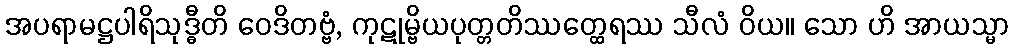
အပရာမဋ္ဌပါရိသုဒ္ဓီတိ ဝေဒိတဗ္ဗံ, ကုဋုမ္ဗိယပုတ္တတိဿတ္ထေရဿ သီလံ ဝိယ။ သော ဟိ အာယသ္မာ